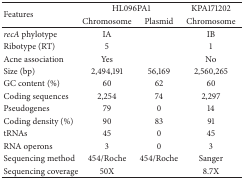
<table><thead><tr><td rowspan="2"><b>Features</b></td><td colspan="2"><b>HL096PA1</b></td><td><b>KPA171202</b></td></tr><tr><td><b>Chromosome </b></td><td><b>Plasmid </b></td><td><b>Chromosome</b></td></tr></thead><tbody><tr><td><i>recA</i> phylotype </td><td>IA </td><td> </td><td>IB </td></tr><tr><td>Ribotype (RT) </td><td>5 </td><td> </td><td>1 </td></tr><tr><td>Acne association </td><td>Yes </td><td> </td><td>No </td></tr><tr><td>Size (bp) </td><td>2,494,191 </td><td>56,169</td><td>2,560,265 </td></tr><tr><td>GC content (%) </td><td>60 </td><td>62 </td><td>60 </td></tr><tr><td>Coding sequences </td><td>2,254 </td><td>74 </td><td>2,297 </td></tr><tr><td>Pseudogenes </td><td>79 </td><td>0 </td><td>14 </td></tr><tr><td>Coding density (%) </td><td>90 </td><td>83 </td><td>91 </td></tr><tr><td>tRNAs </td><td>45 </td><td>0 </td><td>45 </td></tr><tr><td>RNA operons </td><td>3 </td><td>0 </td><td>3 </td></tr><tr><td>Sequencing method </td><td>454/Roche </td><td>454/Roche </td><td>Sanger </td></tr><tr><td>Sequencing coverage </td><td>50X </td><td> </td><td>8.7X </td></tr></tbody></table>